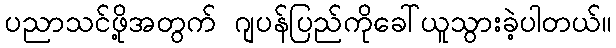
ပညာသင်ဖို့အတွက် ဂျပန်ပြည်ကိုခေါ်ယူသွားခဲ့ပါတယ်။